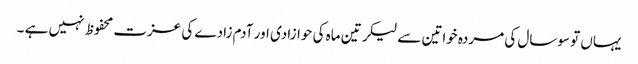
یہاں تو سوسال کی مردہ خواتین سے لیکر تین ماہ کی حوازادی اور آدم زادے کی عزت محفوظ نہیں ہے ۔